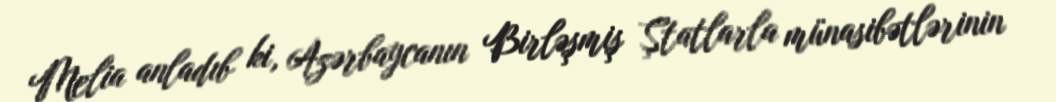
Melia anladıb ki, Azərbaycanın Birləşmiş Ştatlarla münasibətlərinin